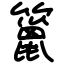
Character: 䉭